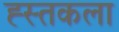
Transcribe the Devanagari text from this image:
ह्स्तकला